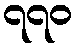
၇၇၀